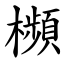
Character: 㰋